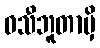
ဝသီဘူတာမှိ